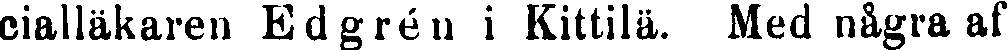
cialläkaren Edgrén i Kittilä. Med några af